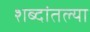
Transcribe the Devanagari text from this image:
शब्दांतल्या